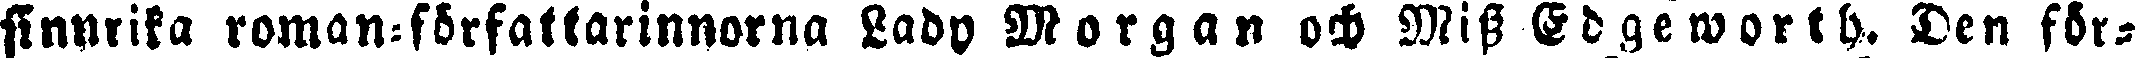
sinnrika roman-författarinnorna Lady Morgan och Miss Edgeworth. Den för-